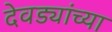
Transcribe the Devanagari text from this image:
देवड्यांच्या